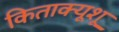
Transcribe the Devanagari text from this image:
किताक्यूशू